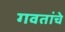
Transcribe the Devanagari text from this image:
गवतांचे